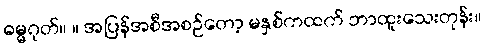
ဓမ္မဂုတ်။ ။ အပြန်အစီအစဉ်တော့ မနှစ်ကထက် ဘာထူးသေးတုန်း။